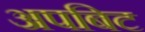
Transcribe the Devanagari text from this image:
अपबिट